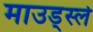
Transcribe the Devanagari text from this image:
माउड्स्ले